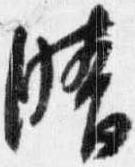
晴